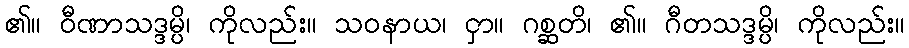
၏။ ဝီဏာသဒ္ဒမ္ပိ၊ ကိုလည်း။ သဝနာယ၊ ငှာ။ ဂစ္ဆတိ၊ ၏။ ဂီတသဒ္ဒမ္ပိ၊ ကိုလည်း။